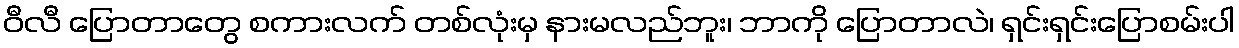
ဝီလီ ပြောတာတွေ စကားလက် တစ်လုံးမှ နားမလည်ဘူး၊ ဘာကို ပြောတာလဲ၊ ရှင်းရှင်းပြောစမ်းပါ